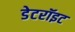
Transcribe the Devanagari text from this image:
डेटरॉइट